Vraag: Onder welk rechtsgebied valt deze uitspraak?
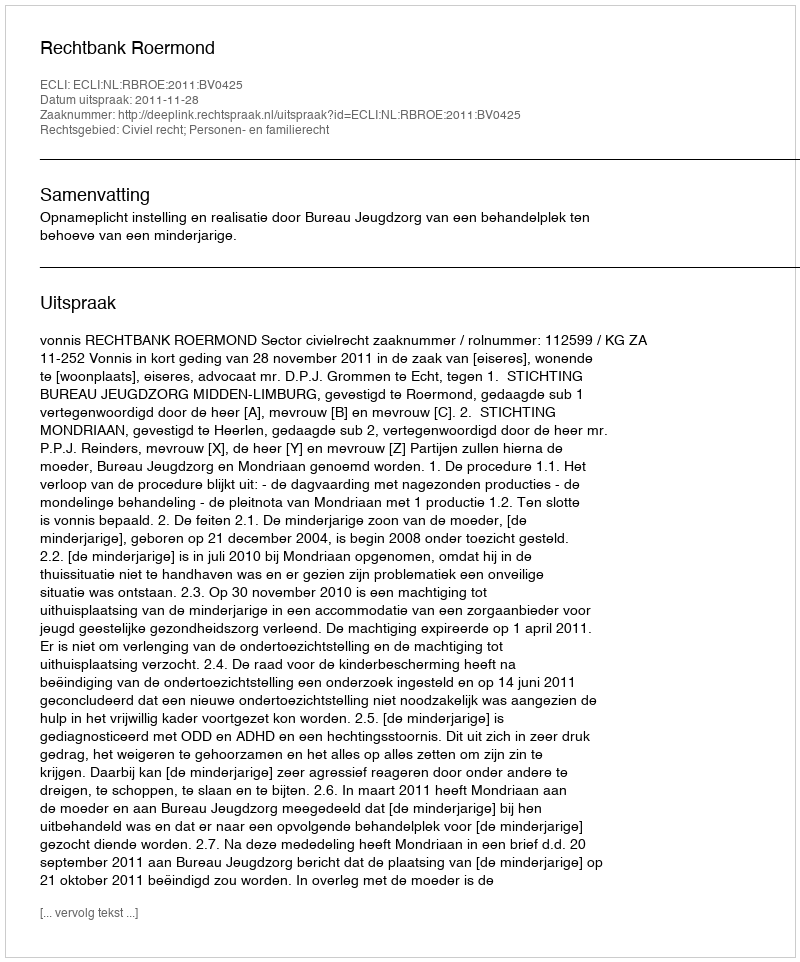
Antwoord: Civiel recht; Personen- en familierecht